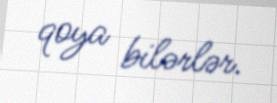
qoya bilərlər.